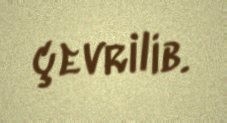
çevrilib.